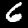
Digit: 6